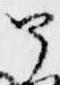
篳